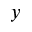
y